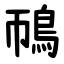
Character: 鳾